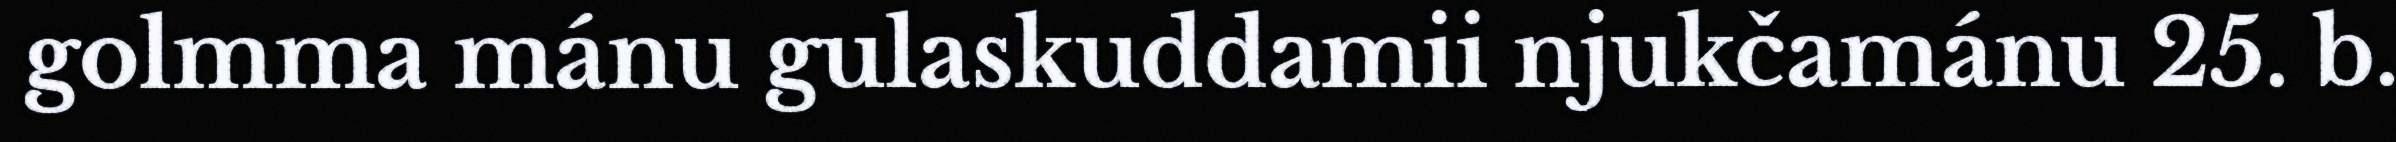
golmma mánu gulaskuddamii njukčamánu 25. b.